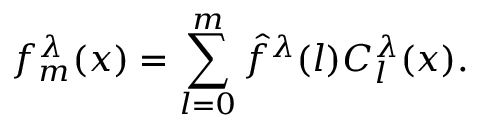
f _ { m } ^ { \lambda } ( x ) = \sum _ { l = 0 } ^ { m } \hat { f } ^ { \lambda } ( l ) C _ { l } ^ { \lambda } ( x ) .